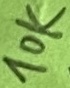
Text: 10K